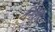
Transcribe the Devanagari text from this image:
निर्वृत्त